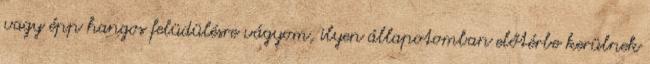
vagy épp hangos felüdülésre vágyom, ilyen állapotomban előtérbe kerülnek